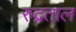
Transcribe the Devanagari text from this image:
रुद्रताल